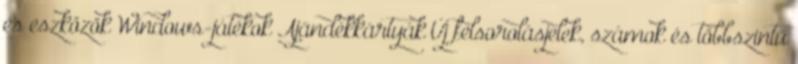
és eszközök Windows-játékok Ajándékkártyák Új felsorolásjelek, számok és többszintű